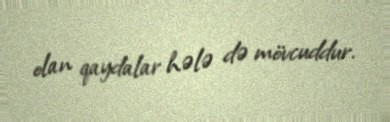
olan qaydalar hələ də mövcuddur.